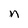
Character: n